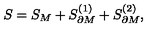
S = S _ { M } + S _ { \partial M } ^ { ( 1 ) } + S _ { \partial M } ^ { ( 2 ) } ,